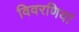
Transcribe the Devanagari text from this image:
विवरणियां